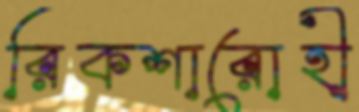
রিকশারোহী